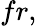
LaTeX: fr,